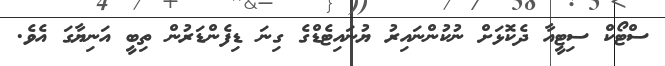
ސްޓޯކް ސިޓީއާ ދެކޮޅަށް ނުކުންނައިރު ޔުނައިޓެޑްގެ ގިނަ ޑިފެންޑަރުން ތިބީ އަނިޔާގަ އެވެ.